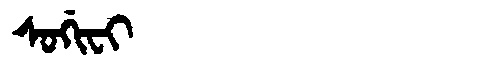
Manchu: ᠰᠣᡤᡳᠸᡳ
Romanization: SOGIFI